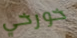
خورخي